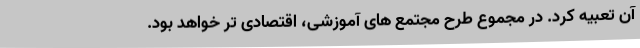
آن تعبیه کرد. در مجموع طرح مجتمع های آموزشی، اقتصادی تر خواهد بود.